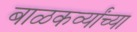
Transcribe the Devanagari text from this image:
बाळकर्व्यांच्या